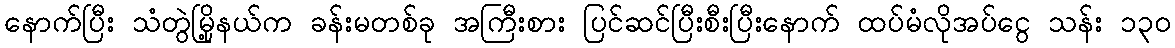
နောက်ပြီး သံတွဲမြို့နယ်က ခန်းမတစ်ခု အကြီးစား ပြင်ဆင်ပြီးစီးပြီးနောက် ထပ်မံလိုအပ်ငွေ သန်း ၁၃၀